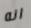
انه